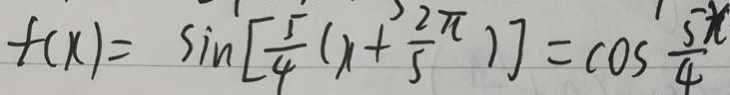
f ( x ) = \sin [ \frac { 5 } { 4 } ( x + \frac { 2 \pi } { 5 } ) ] = \cos \frac { 5 x } { 4 }